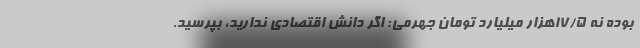
بوده نه ۱۷/۵هزار میلیارد تومان جهرمی: اگر دانش اقتصادی ندارید، بپرسید.